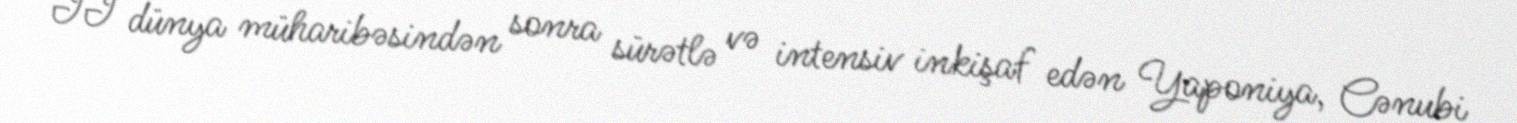
II dünya müharibəsindən sonra sürətlə və intensiv inkişaf edən Yaponiya, Cənubi